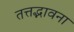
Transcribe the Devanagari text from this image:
तत्तद्भावना